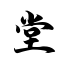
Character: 堂